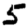
Digit: 5